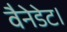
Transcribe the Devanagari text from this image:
वैनेडेट।